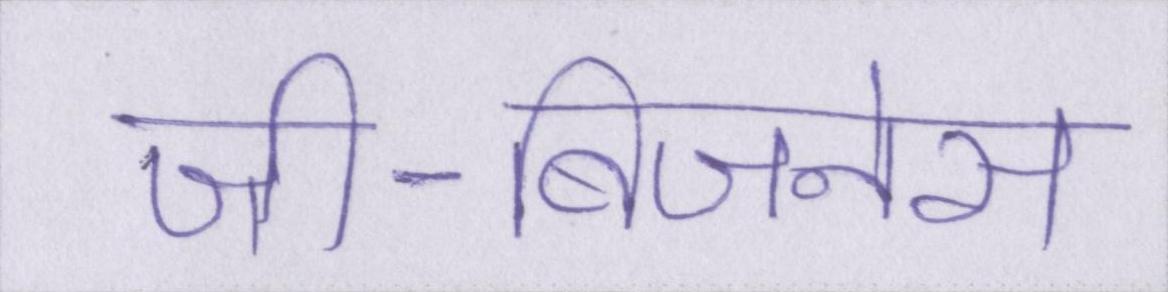
जी-बिजनेस